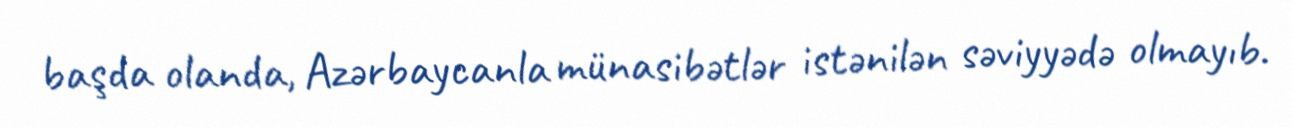
başda olanda, Azərbaycanla münasibətlər istənilən səviyyədə olmayıb.